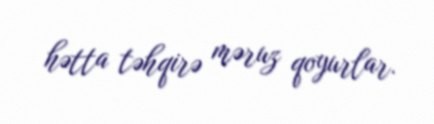
hətta təhqirə məruz qoyurlar.